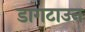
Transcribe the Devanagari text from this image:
डागटाउन